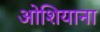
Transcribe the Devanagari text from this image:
ओशियाना